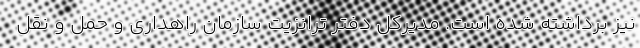
نیز برداشته شده است. مدیرکل دفتر ترانزیت سازمان راهداری و حمل و نقل